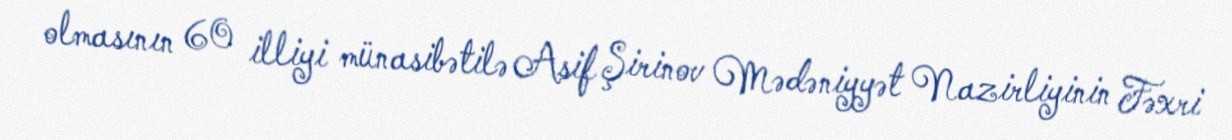
olmasının 60 illiyi münasibətilə Asif Şirinov Mədəniyyət Nazirliyinin Fəxri